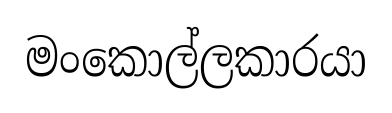
මංකොල්ලකාරයා